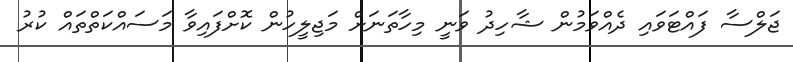
ޖަލްސާ ފައްޓަވައި ދެއްވަމުން ޝާހިދު ވަނީ މިހާތަނަށް މަޖިލީހުން ކޮށްފައިވާ މަސައްކަތްތައް ކުރު